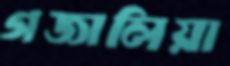
গজালিয়া